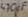
Text: 470µF